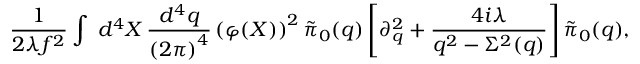
\frac { 1 } { 2 \lambda f ^ { 2 } } \int \; d ^ { 4 } X \, \frac { d ^ { 4 } q } { \left( 2 \pi \right) ^ { 4 } } \left( \varphi ( X ) \right) ^ { 2 } \tilde { \pi } _ { 0 } ( q ) \left[ \partial _ { q } ^ { 2 } + \frac { 4 i \lambda } { q ^ { 2 } - \Sigma ^ { 2 } ( q ) } \right] \tilde { \pi } _ { 0 } ( q ) ,